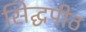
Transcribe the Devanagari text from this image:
सिद्घपीठ